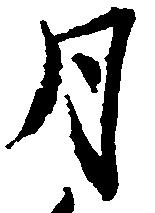
月